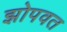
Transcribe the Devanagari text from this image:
झोपवत